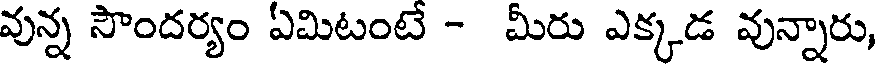
వున్న సౌందర్యం ఏమిటంటే - మీరు ఎక్కడ వున్నారు,